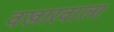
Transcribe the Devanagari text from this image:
वखारवाला